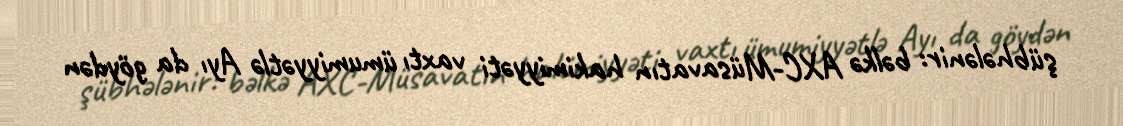
şübhələnir: bəlkə AXC-Müsavatın hakimiyyəti vaxtı ümumiyyətlə Ayı da göydən